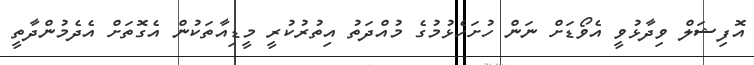
އޮފިޝަލް ވިދާޅުވީ އެވޯޑަށް ނަން ހުށަހެޅުމުގެ މުއްދަތު އިތުރުކުރީ މީޑިއާތަކުން އެގޮތަށް އެދެމުންދާތީ